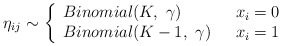
\begin{align*}\eta_{ij} \sim \left\{\begin{array}{ll}Binomial(K,\ \gamma) & \ \ x_i = 0 \\Binomial(K-1,\ \gamma) & \ \ x_i=1\end{array}\right.\end{align*}